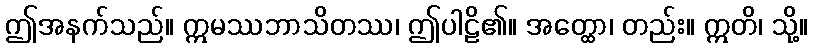
ဤအနက်သည်။ ဣမဿဘာသိတဿ၊ ဤပါဠိ၏။ အတ္ထော၊ တည်း။ ဣတိ၊ သို့။